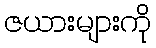
ဇယားများကို